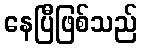
နေပြီဖြစ်သည်